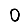
Digit: 0